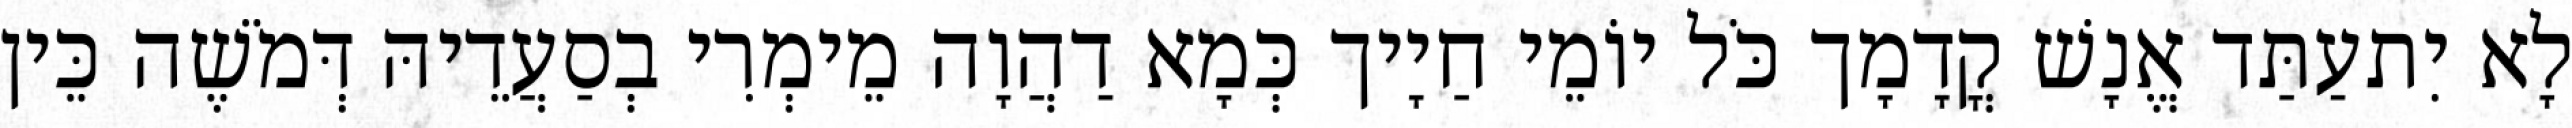
לָא יִתעַתַּד אֱנָשׁ קֳדָמָך כֹּל יוֹמֵי חַיָיך כְּמָא דַהֲוָה מֵימְרִי בְסַעֲדֵיהּ דְּמֹשֶׁה כֵּין